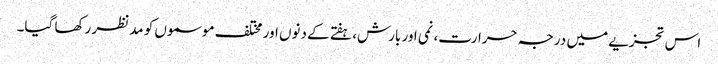
اس تجزیے میں درجہ حرارت، نمی اور بارش، ہفتے کے دنوں اور مختلف موسموں کو مدنظر رکھا گیا۔